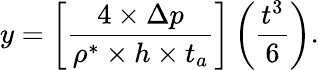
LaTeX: y=\left[{\frac{4\times\Delta p}{\rho^{*}\times h\times t_{a}}}\right]\left(\frac{t^{3}}{6}\right).